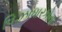
વિઝાધારકોના